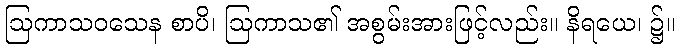
ဩကာသဝသေန စာပိ၊ ဩကာသ၏ အစွမ်းအားဖြင့်လည်း။ နိရယေ၊ ၌။